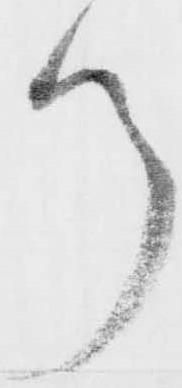
ツ